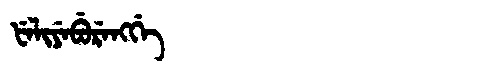
Manchu: ᡶᡝᠯᡳᠶᡝᠪᡠᡵᡝᠩᡤᡝ
Romanization: FELIYEBURENGGE